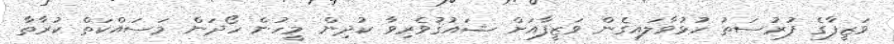
ވަޒީފާގެ ފުރުސަތު ހުޅުވާލައިގެން ވަޒީފާއަށް ޝައުޤުވެރިވާ ކުދިން މީހުން ހޯދަން މަސައްކަތް ކުރާތާ